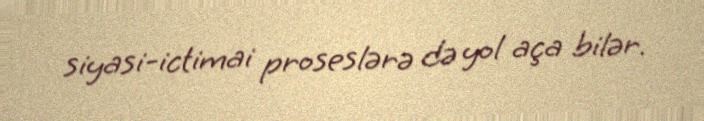
siyasi-ictimai proseslərə də yol aça bilər.